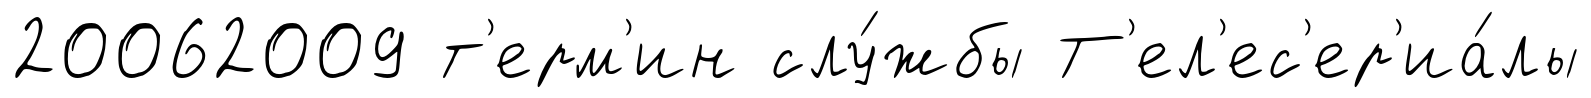
20062009 т'ерм'ин слу́жбы Т'ел'ес'ер'иа́лы